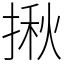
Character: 揪